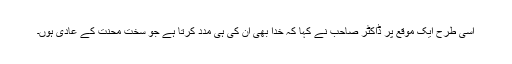
اسی طرح ایک موقع پر ڈاکٹر صاحب نے کہا کہ خدا بھی ان کی ہی مدد کرتا ہے جو سخت محنت کے عادی ہوں۔